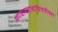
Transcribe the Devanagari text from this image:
भगवानबाबांविषयीच्या